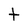
Character: t